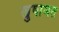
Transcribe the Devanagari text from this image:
खुषामत